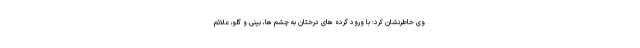
وی خاطرنشان کرد: با ورود گرده های درختان به چشم ها، بینی و گلو، علائم